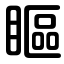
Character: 瞘